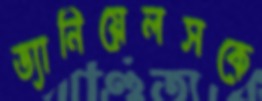
ড্যানিয়েলসকে